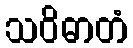
သဝိဓာတံ